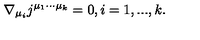
\nabla _ { \mu _ { i } } j ^ { \mu _ { 1 } \cdot \cdot \cdot \mu _ { k } } = 0 , i = 1 , . . . , k .